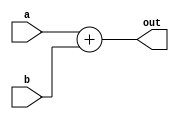
`timescale 1ns / 1ps


module Adder(
    input [63:0] a,b,
    output wire [63:0] out
    );
    assign out = a + b;
endmodule